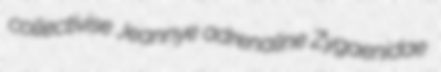
collectivise Jeannye adrenaline Zygaenidae